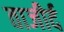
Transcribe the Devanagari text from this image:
ताजीर्द